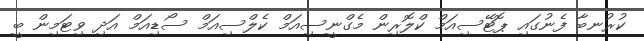
ކުރުނބާ ފެނުގައި ޕޮޓޭސިއަމް ކްލޮރިން މެގްނީސިއަމް ކެލްސިއަމް ސޯޑިއަމް އަދި ވިޓަމިން ބީ